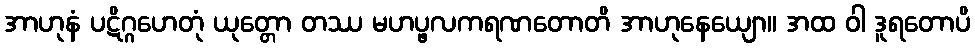
အာဟုနံ ပဋိဂ္ဂဟေတုံ ယုတ္တော တဿ မဟပ္ဖလကရဏတောတိ အာဟုနေယျော။ အထ ဝါ ဒူရတောပိ